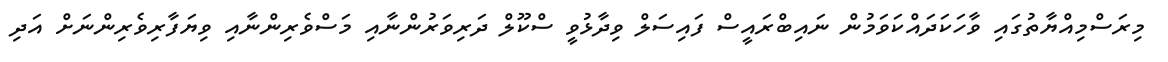
މިރަސްމިއްޔާތުގައި ވާހަކަދައްކަވަމުން ނައިބްރައީސް ފައިސަލް ވިދާޅުވީ ސްކޫލް ދަރިވަރުންނާއި މަސްވެރިންނާއި ވިޔަފާރިވެރިންނަށް އަދި